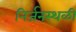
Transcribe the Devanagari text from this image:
निर्जनस्थळी